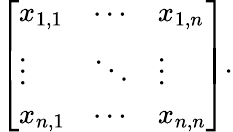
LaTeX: {\left[\begin{array}{lll}{x_{1,1}}&{\cdots}&{x_{1,n}}\\ {\vdots}&{\ddots}&{\vdots}\\ {x_{n,1}}&{\cdots}&{x_{n,n}}\end{array}\right]}.